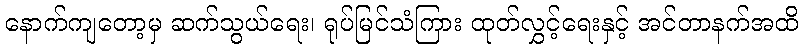
နောက်ကျတော့မှ ဆက်သွယ်ရေး၊ ရုပ်မြင်သံကြား ထုတ်လွှင့်ရေးနှင့် အင်တာနက်အထိ